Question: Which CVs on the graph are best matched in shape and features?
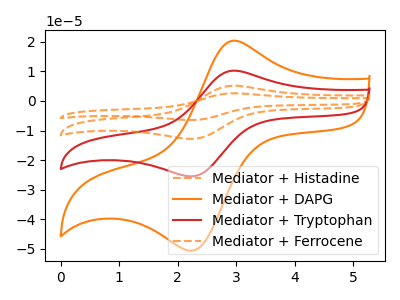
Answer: <think>The orange dashed curve "Mediator + Histadine" has an anodic peak at (2.90V, 30.65uA) and a cathodic peak at (2.25V, -76.40uA). The orange curve "Mediator + DAPG" has an anodic peak at (2.90V, 20.30uA) and a cathodic peak at (2.25V, -50.65uA). The red curve "Mediator + Tryptophan" has an anodic peak at (2.90V, 10.20uA) and a cathodic peak at (2.25V, -25.45uA). The orange dashed curve "Mediator + Ferrocene" has an anodic peak at (2.90V, 20.40uA) and a cathodic peak at (2.25V, -50.95uA).
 All the peaks in "Mediator + Histadine" have a peak in "Mediator + DAPG" at the same potential. Every peak in "Mediator + Histadine" is higher than every peak in "Mediator + DAPG". All the peaks in "Mediator + Histadine" have a peak in "Mediator + Tryptophan" at the same potential. Every peak in "Mediator + Histadine" is higher than every peak in "Mediator + Tryptophan". All the peaks in "Mediator + Histadine" have a peak in "Mediator + Ferrocene" at the same potential. Every peak in "Mediator + Histadine" is higher than every peak in "Mediator + Ferrocene". All the peaks in "Mediator + DAPG" have a peak in "Mediator + Tryptophan" at the same potential. Every peak in "Mediator + DAPG" is higher than every peak in "Mediator + Tryptophan". All the peaks in "Mediator + DAPG" have a peak in "Mediator + Ferrocene" at the same potential. Every peak in "Mediator + DAPG" is lower than every peak in "Mediator + Ferrocene". All the peaks in "Mediator + Tryptophan" have a peak in "Mediator + Ferrocene" at the same potential. Every peak in "Mediator + Tryptophan" is lower than every peak in "Mediator + Ferrocene".</think>
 <answer>"Mediator + DAPG", "Mediator + Histadine", "Mediator + Tryptophan" and "Mediator + Ferrocene" have the same shape and are likely CV's of the same chemical.</answer>
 <eval>"Mediator + DAPG" "Mediator + Histadine" "Mediator + Tryptophan" "Mediator + Ferrocene"</eval>